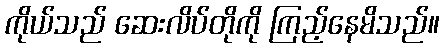
ကိုယ်သည် ဆေးလိပ်တိုကို ကြည့်နေမိသည်။